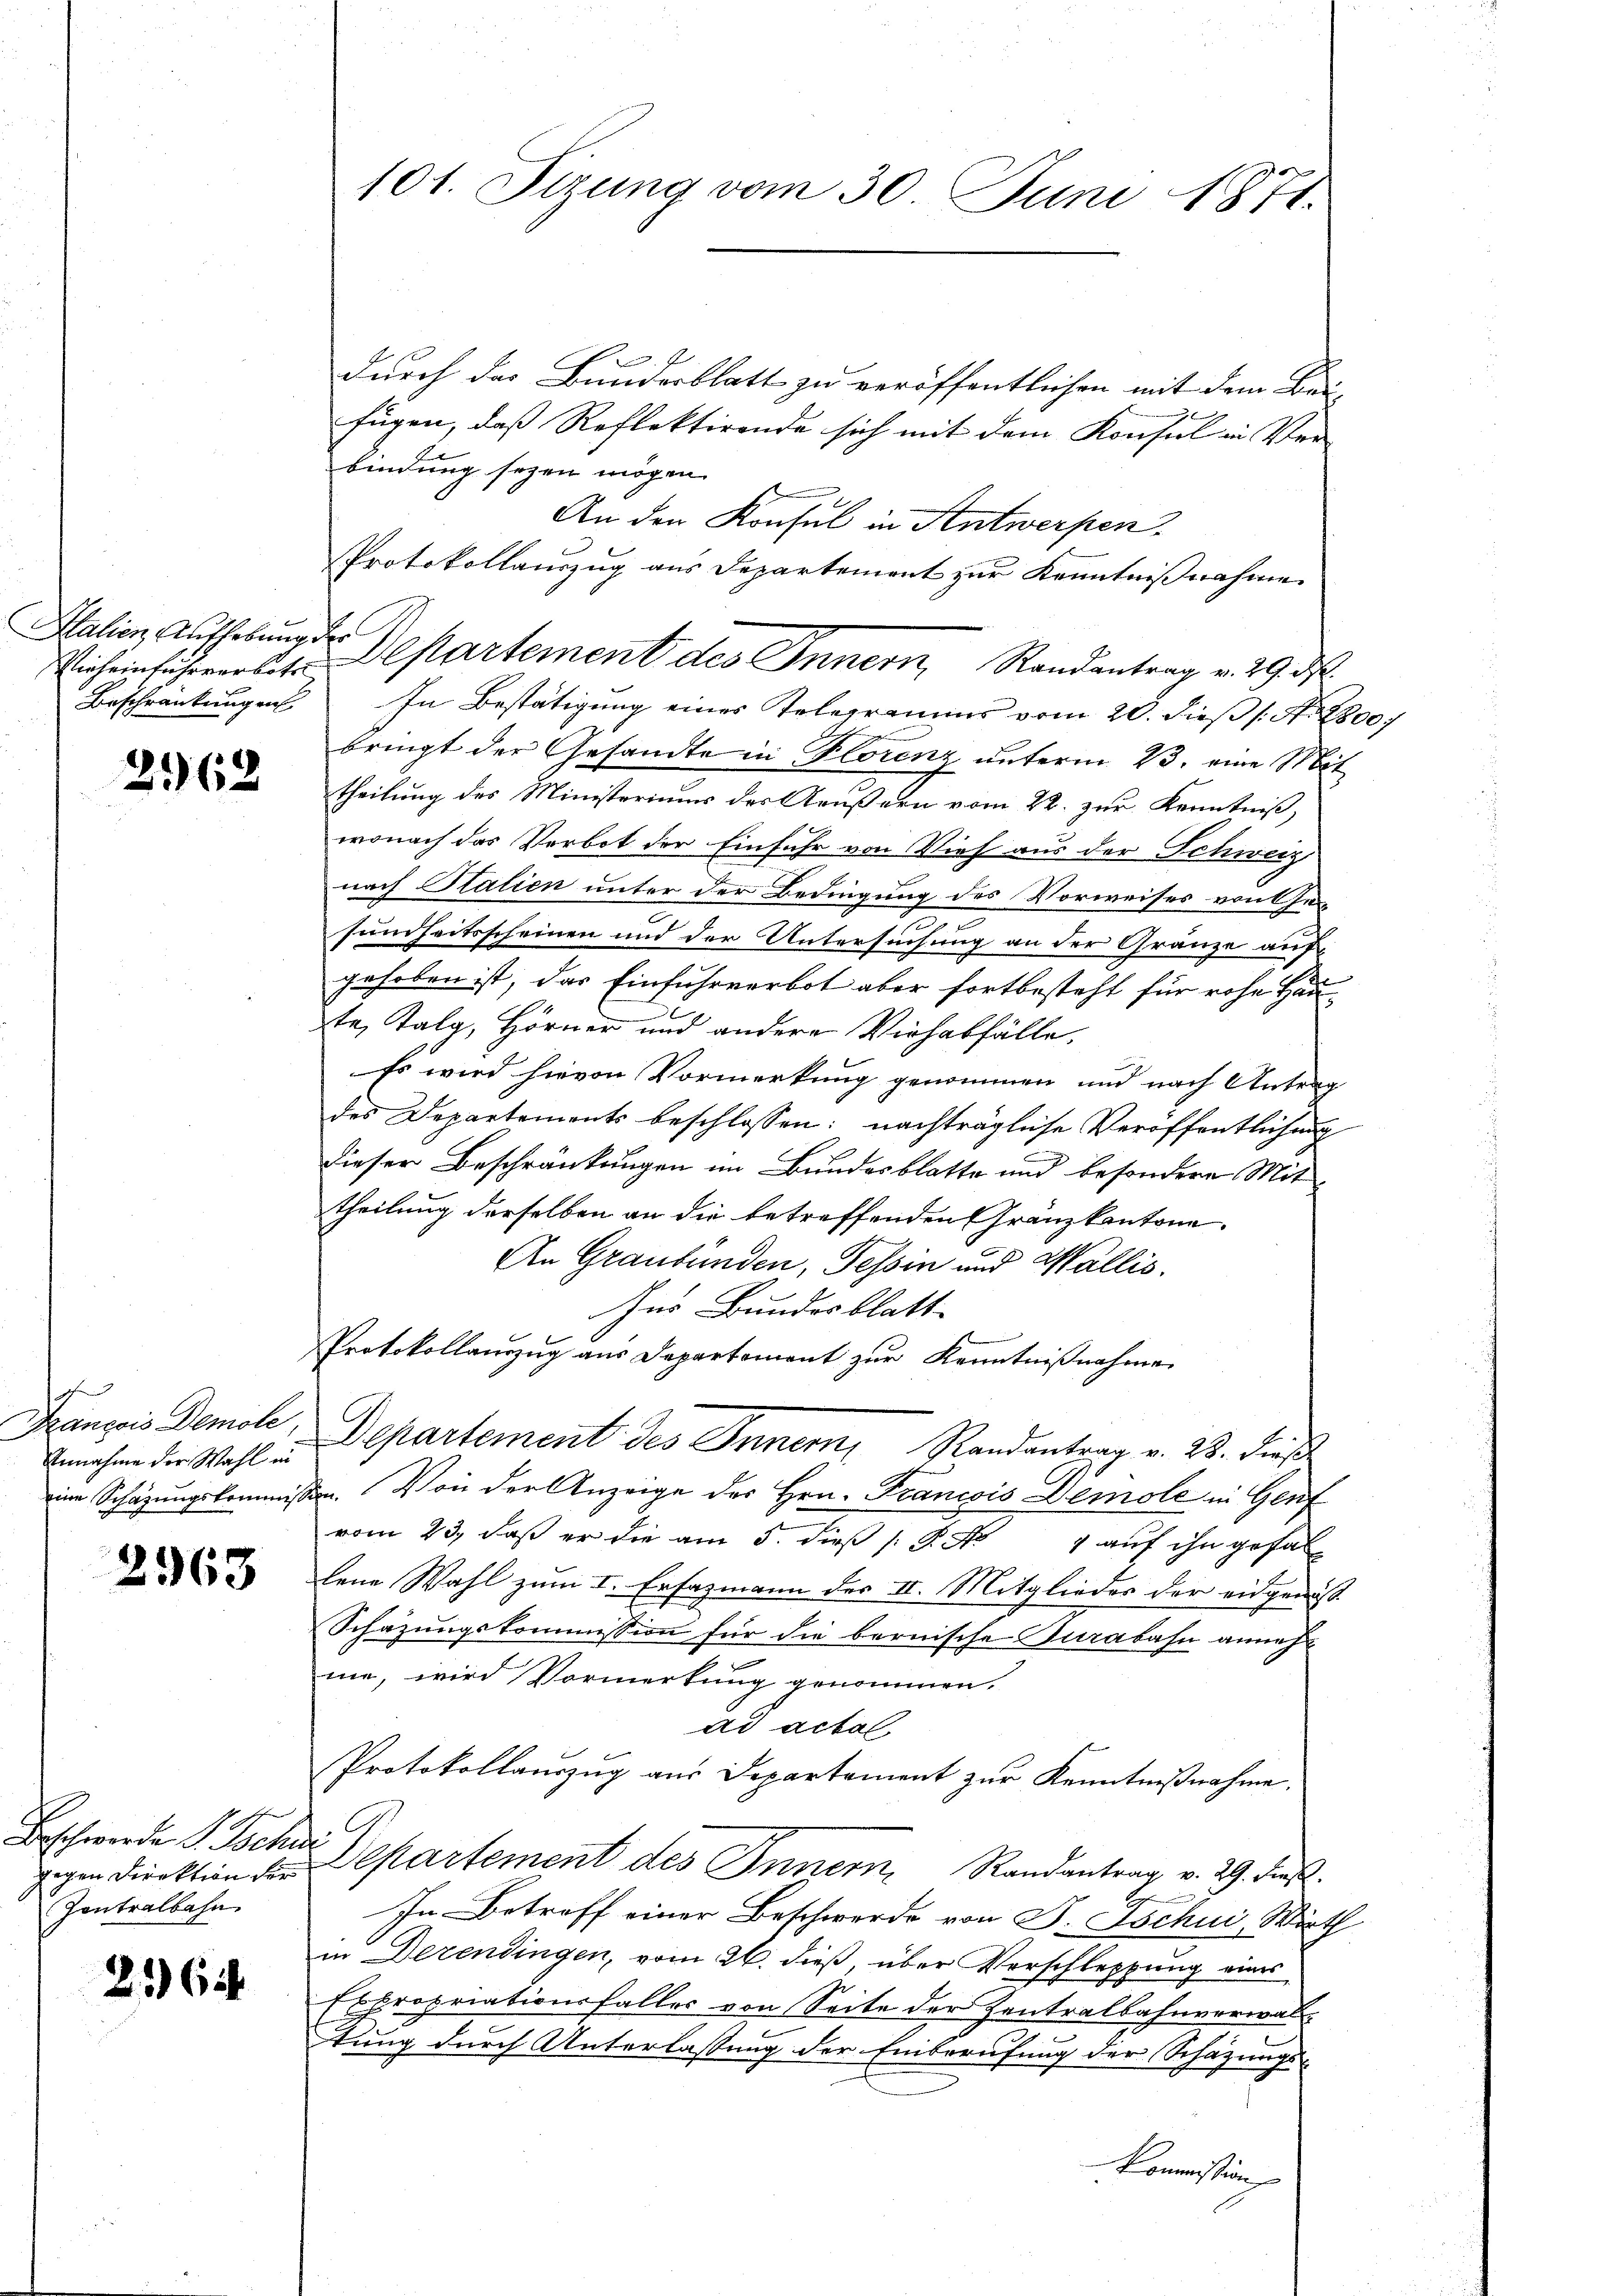
Vieheinfuhrverbote
Beschränkungen

2162

Annahme der Wahl in

2968

Beschwerde d. Jochen
Contralbahn

265

durch das Bundesblatt zu veröffentlichen mit dem Bei-
fügen, daß Reflektirende sich mit dem Konsul in Ver-
bindung seyen mögen.
An den Konsul in Antwerpen
Protokollauszug aus Departement zur Kenntnißnahme
Italien Aufhebungs-Departement des Innern, Randantrag v. 29. ds.
In Bestätigung eines Telegramms vom 20. dieß (S. 2800
bringt der Gesandte in Florenz unterm 23. eine Mit
theilung des Ministeriums der Aeußern vom 22. zur Kenntniß,
wonach das Verbot der Einfuhr von Vieh aus der Schweiz
nach Salien unter der Bedingung des Vorweises von Gesundheitsscheinen und der Untersuchung an der Gränze auf
gehoben ist, das Einfuhrverbot aber fortbesteht für rohe Haute, Talg, Hörner und andere Virhabfälle.
Es wird hievon Vormerkung genommen und nach Antrag
des Departements beschlossen: nachträgliche Veröffentlichung
dieser Beschränkungen im Bundesblatte und besondere Mittheilung derselben an die betreffenden Gränzkantone.
An Graubünden, Tessin und Wallis.
Ins Bundesblatt
Protokollauszug aus Departement zur Kenntnißnahme
François Demoli, Departement des Inner, Randantrag v. 23. dieß
eine Schazungskommission. Von der Anzeige des Hrn. Francois Demole in Genf
vom 23. daβ er die am 5. dieβ (: P. Nr. 4 aŭf ihn gefal
lene Wahl zum I. Ersazmann des II. Mitgliedes der eidgenös¬
Schazungskommission für die bernische Turabahn annehme, wird Vormerkung genommen.
ad actal.
Protokollauszug aus Departement zur Kenntnißnahme.
gigen Direktion der Separtement des Innern Randantrag v. 29. ds.
E
In Betreff einer Beschwerde von P. Tschui, Wirth
in Derendingen, vom 26. dieß, über Vorschleppung eines
Expropriationsfaller von Seite der Zentralbahnverwaltung durch Unterlassung der Einberufung der Schazungs-
Kommission

101. Sizung vom 30. Juni 1871.